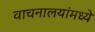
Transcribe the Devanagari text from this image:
वाचनालयांमध्ये